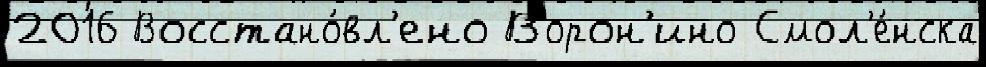
2016 Восстано́вл'ено Ворон'ино Смол'е́нска